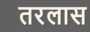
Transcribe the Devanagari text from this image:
तरलास